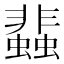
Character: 𧓊